Indian journal of veterinary science and animal husbandry - Volume 14,
Year: 1944
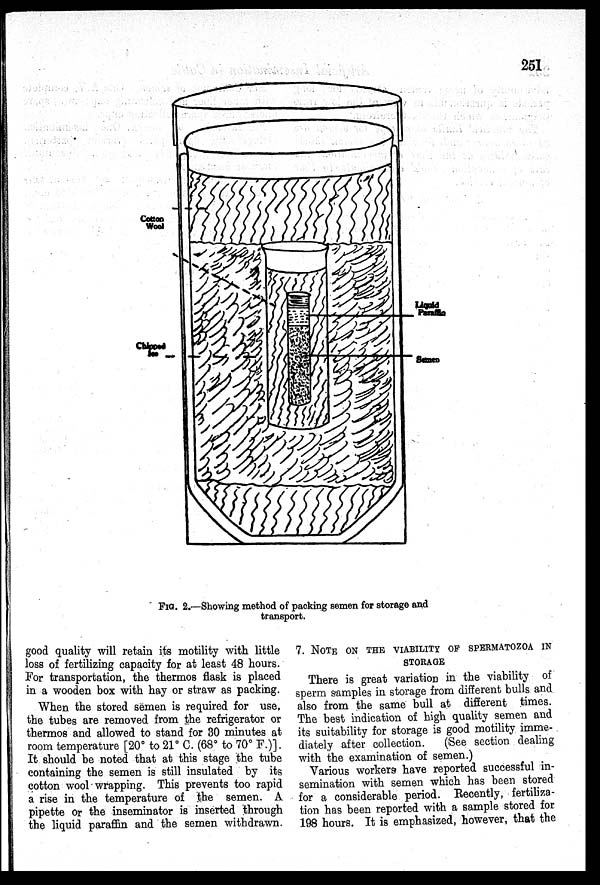
251
FIG. 2.—Showing method of packing semen for storage and
transport.
good quality will retain its motility with little
loss of fertilizing capacity for at least 48 hours.
For transportation, the thermos flask is placed
in a wooden box with hay or straw as packing.
When the stored semen is required for use,
the tubes are removed from the refrigerator or
thermos and allowed to stand for 30 minutes at
room temperature [20° to 21° C. (68° to 70° F.)].
It should be noted that at this stage the tube
containing the semen is still insulated by its
cotton wool wrapping. This prevents too rapid
a rise in the temperature of the semen. A
pipette or the inseminator is inserted through
the liquid paraffin and the semen withdrawn.
7. NOTE ON THE VIABILITY OF SPERMATOZOA IN
STORAGE
There is great variation in the viability of
sperm samples in storage from different bulls and
also from the same bull at different times.
The best indication of high quality semen and
its suitability for storage is good motility imme-
diately after collection.
(See section dealing
with the examination of semen.)
Various workers have reported successful in-
semination with semen which has been stored
for a considerable period. Recently, fertiliza-
tion has been reported with a sample stored for
198 hours. It is emphasized, however, that the